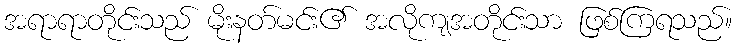
အရာရာတိုင်းသည် မိုးနတ်မင်း၏ အလိုကျအတိုင်းသာ ဖြစ်ကြရသည်။